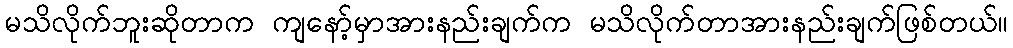
မသိလိုက်ဘူးဆိုတာက ကျနော့်မှာအားနည်းချက်က မသိလိုက်တာအားနည်းချက်ဖြစ်တယ်။